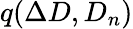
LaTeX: q(\Delta D,D_{n})